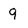
Character: 9